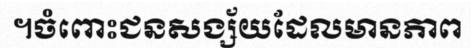
។ចំពោះជនសង្ស័យដែលមានភាព